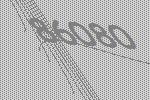
86080